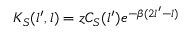
K _ { S } ( l ^ { \prime } , l ) = z C _ { S } ( l ^ { \prime } ) e ^ { - \beta ( 2 l ^ { \prime } - l ) }